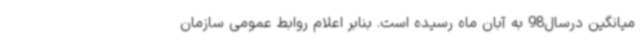
میانگین درسال98 به آبان ماه رسیده است. بنابر اعلام روابط عمومی سازمان